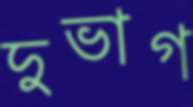
দুভাগ